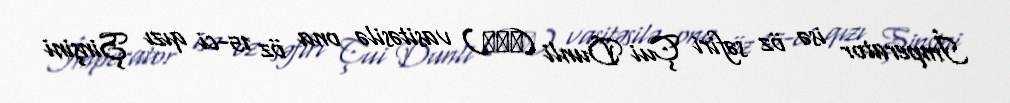
İmperator isə öz səfiri Çui Dunli (崔敦禮) vasitəsilə ona öz 15-ci qızı Şinşini